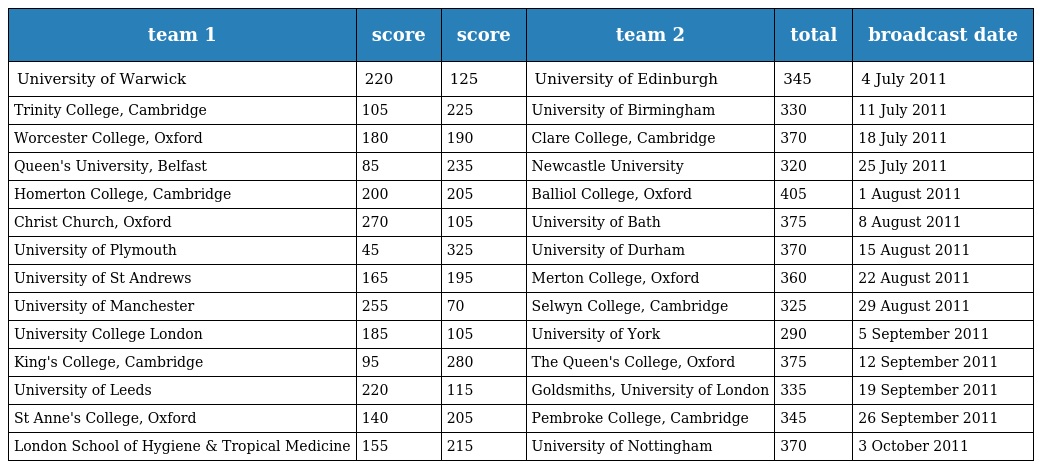
| team 1 | score | score | team 2 | total | broadcast date |
 | --- | --- | --- | --- | --- | --- |
 | University of Warwick | 220 | 125 | University of Edinburgh | 345 | 4 July 2011 |
 | Trinity College, Cambridge | 105 | 225 | University of Birmingham | 330 | 11 July 2011 |
 | Worcester College, Oxford | 180 | 190 | Clare College, Cambridge | 370 | 18 July 2011 |
 | Queen's University, Belfast | 85 | 235 | Newcastle University | 320 | 25 July 2011 |
 | Homerton College, Cambridge | 200 | 205 | Balliol College, Oxford | 405 | 1 August 2011 |
 | Christ Church, Oxford | 270 | 105 | University of Bath | 375 | 8 August 2011 |
 | University of Plymouth | 45 | 325 | University of Durham | 370 | 15 August 2011 |
 | University of St Andrews | 165 | 195 | Merton College, Oxford | 360 | 22 August 2011 |
 | University of Manchester | 255 | 70 | Selwyn College, Cambridge | 325 | 29 August 2011 |
 | University College London | 185 | 105 | University of York | 290 | 5 September 2011 |
 | King's College, Cambridge | 95 | 280 | The Queen's College, Oxford | 375 | 12 September 2011 |
 | University of Leeds | 220 | 115 | Goldsmiths, University of London | 335 | 19 September 2011 |
 | St Anne's College, Oxford | 140 | 205 | Pembroke College, Cambridge | 345 | 26 September 2011 |
 | London School of Hygiene & Tropical Medicine | 155 | 215 | University of Nottingham | 370 | 3 October 2011 |